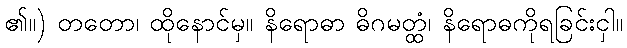
၏။) တတော၊ ထိုနောင်မှ။ နိရောဓာ ဓိဂမတ္ထံ၊ နိရောဓကိုရခြင်းငှါ။